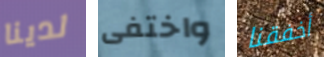
لدينا واختفى أخفقنا